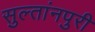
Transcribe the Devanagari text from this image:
सुल्तांनपुरी